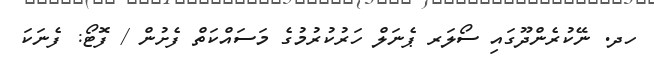
ހދ. ނޭކުރެންދޫގައި ސޯލަރ ޕެނަލް ހަރުކުރުމުގެ މަސައްކަތް ފެށުން / ފޮޓޯ: ފެނަކަ